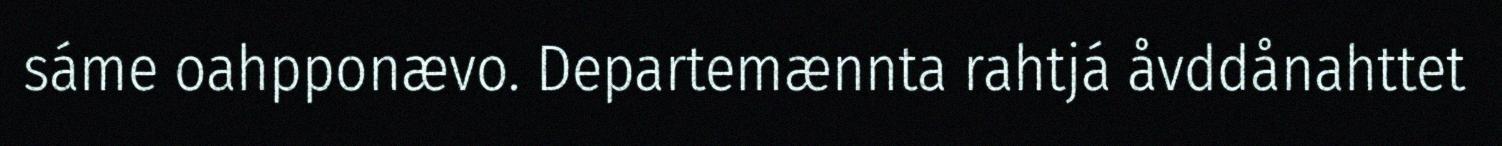
sáme oahpponævo. Departemænnta rahtjá åvddånahttet